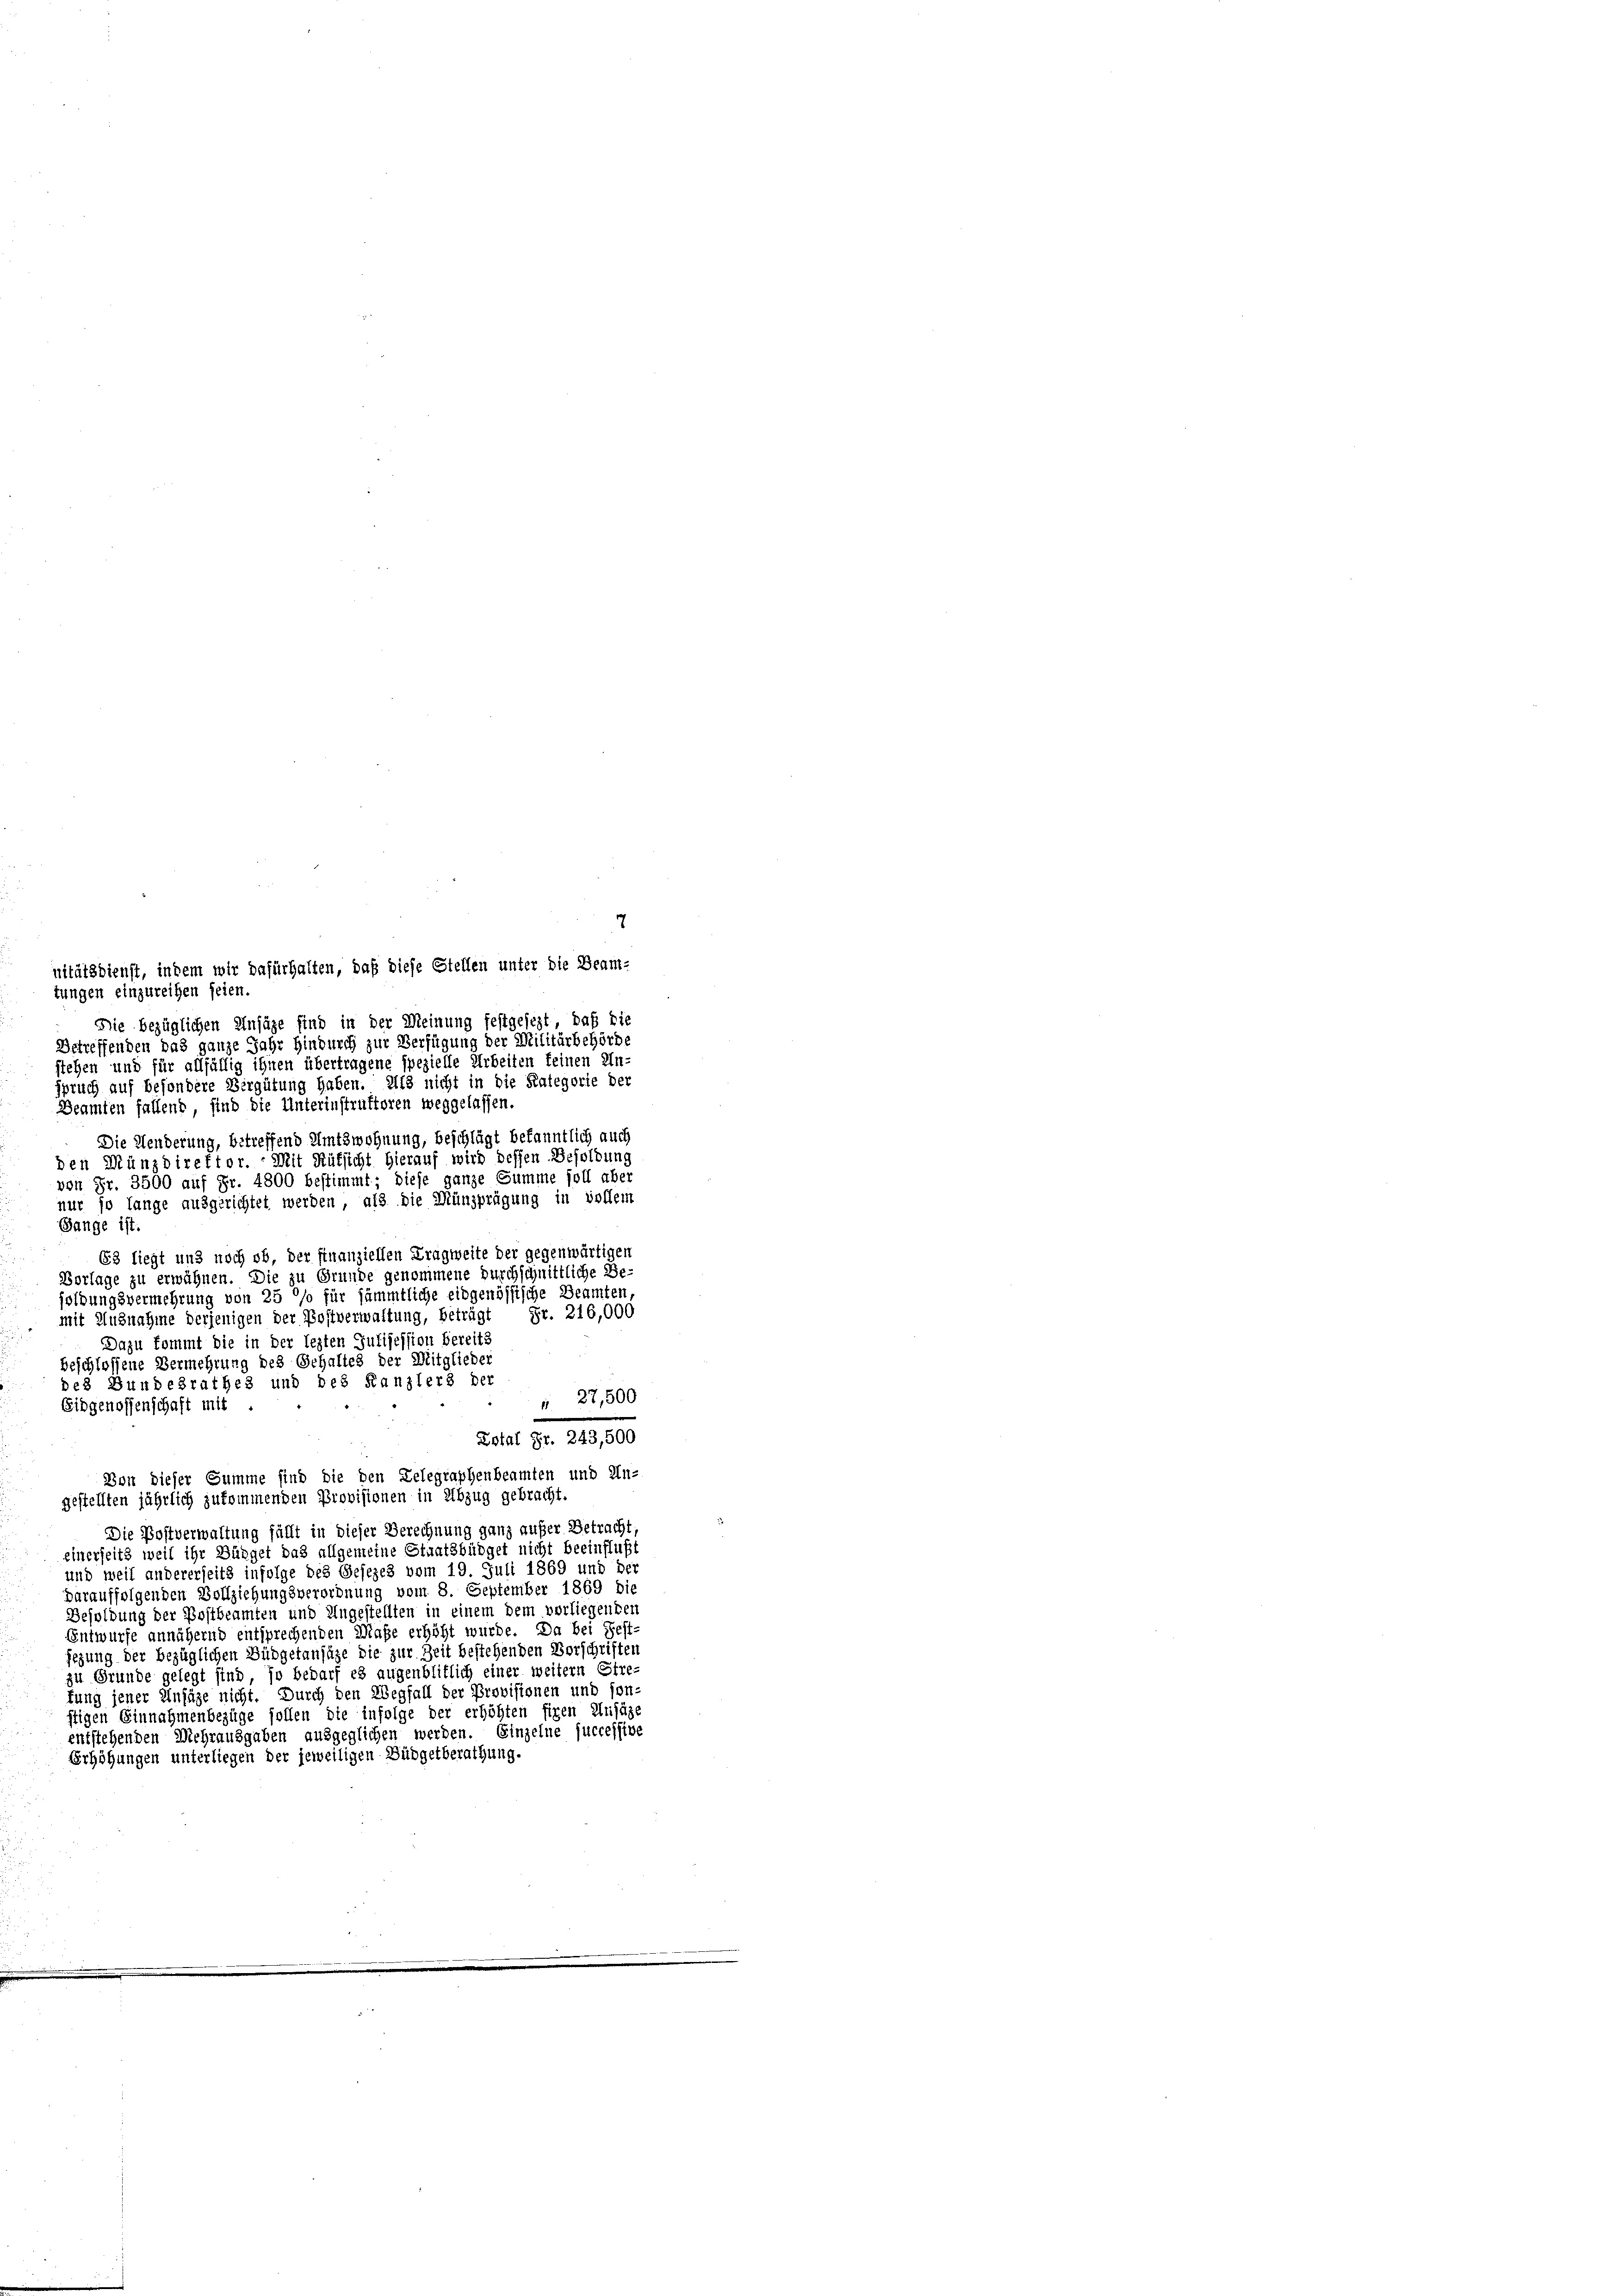
nitätsdienst, indem wir dafürhalten, daß diese Stellen unter die Beam-
tungen einzureihen seien.
Die bezüglichen Ansäze find in der Meinung festgesezt, daß die
Betreffenden das ganze Jahr hindurch zur Verfügung der Militärbehörde
stehen und für allfällig ihnen übertragene spezielle Arbeiten feinen Un-
spruch auf besondere Bergütung haben. Als nicht in die Kategorie der
Beamten fallend, sind die Unterinstruktoren weggelassen.

Die Menderung, betreffend Amtswohnung, beschlägt bekanntlich auch
den Münzdirektor. Mit Rüksicht hierauf wird dessen Besoldung
von Fr. 3500 auf Fr. 4800 bestimmt; diese ganze Summe soll aber
nur so lange ausgerichtet werden, als die Münzprägung in vollem
Bange ist.
63 liegt und noch ob, der finanziellen Kragweite der gegenwärtigen
Vorlage zu erwähnen. Die zu Grunde genommene Durchschnittliche Be-
soldungsvermehrung von 25 °/o für sämmtliche eidgenössische Beamten,
Fr. 216,000
mit Ausnahme derjenigen der Postverwaltung, beträgt
Dazu kommt die in der lezten Julijession bereits
beschlossene Vermehrung des Schaltes der Mitglieder
des Bundesrathes und des Kanzlers der
" 27,500
Eidgenossenschaft mit
Lotal Fr. 243,500
Von dieser Summe sind die den Gelegraphenbeamten und Un-
gestellten jährlich zukommenden Provisionen in Abzug gebracht.
Die Postverwaltung fällt in dieser Berechnung ganz außer Betracht,
einerseits weil ihr Dünger das allgemeine Staatsbüdget nicht beeinflußt
und weil andererseits infolge des Gesezes vom 19. Juli 1869 und der
varauffolgenden Vollziehungsverordnung vom 8. September 1869 die
Besoldung der Postbeamten und Ungestellten in einem dem vorliegenden
Entwurfe annähernd entsprechenden Maße erhöht wurde. Da bei Fest-
jezung der bezüglichen Büdgetansätze die zur Zeit bestehenden Vorschriften
zu Grunde gelegt sind, so bedarf es augenblitlich einer weitern Etre-
fung jener Unfäge nicht. Durch den Wegfall der Provisionen und son-
ftigen Einnahmenbezüge sollen die infolge der erhöhten fixen Einjäge
entstehenden Mehrausgaben ausgeglichen werden. Einzelne successive
Erhöhungen unterliegen der jeweiligen Büdgetberathung.

7